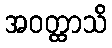
အဝတ္ထာသိ